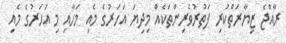
ރާއްޖެ ޒިޔާރަތްކުރި ފަތުރުވެރިންތަކެއް މިދިޔަ އަހަރުގެ މެއި މަހާއި މި އަހަރުގެ މެއި